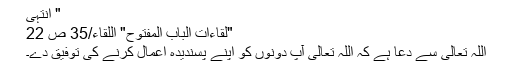
" انتہی
"لقاءات الباب المفتوح" اللقاء/35 ص 22
اللہ تعالی سے دعا ہے کہ اللہ تعالی آپ دونوں کو اپنے پسندیدہ اعمال کرنے کی توفیق دے۔